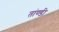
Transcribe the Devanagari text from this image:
तांण्डी